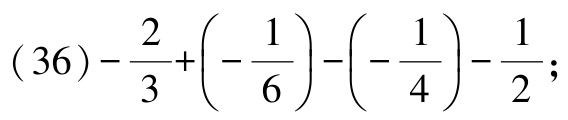
\((36)-\frac{2}{3}+\left(-\frac{1}{6}\right)-\left(-\frac{1}{4}\right)-\frac{1}{2};\)